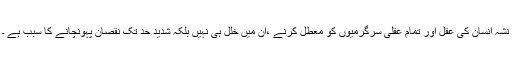
نشہ انسان کی عقل اور تمام عقلی سرگرمیوں کو معطل کرنے ،اُن میں خلل ہی نہیں بلکہ شدید حد تک نقصان پہونچانے کا سبب ہے ۔